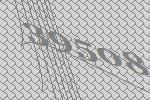
39508